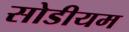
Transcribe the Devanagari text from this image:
सोडीयम